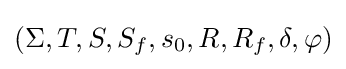
(\Sigma ,T,S,S_{f},s_{0},R,R_{f},\delta ,\varphi )